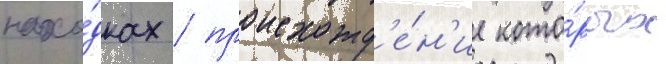
нахо́дках / происхожд'е́н'ие кото́рых